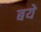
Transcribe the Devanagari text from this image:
बये